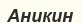
Аникин